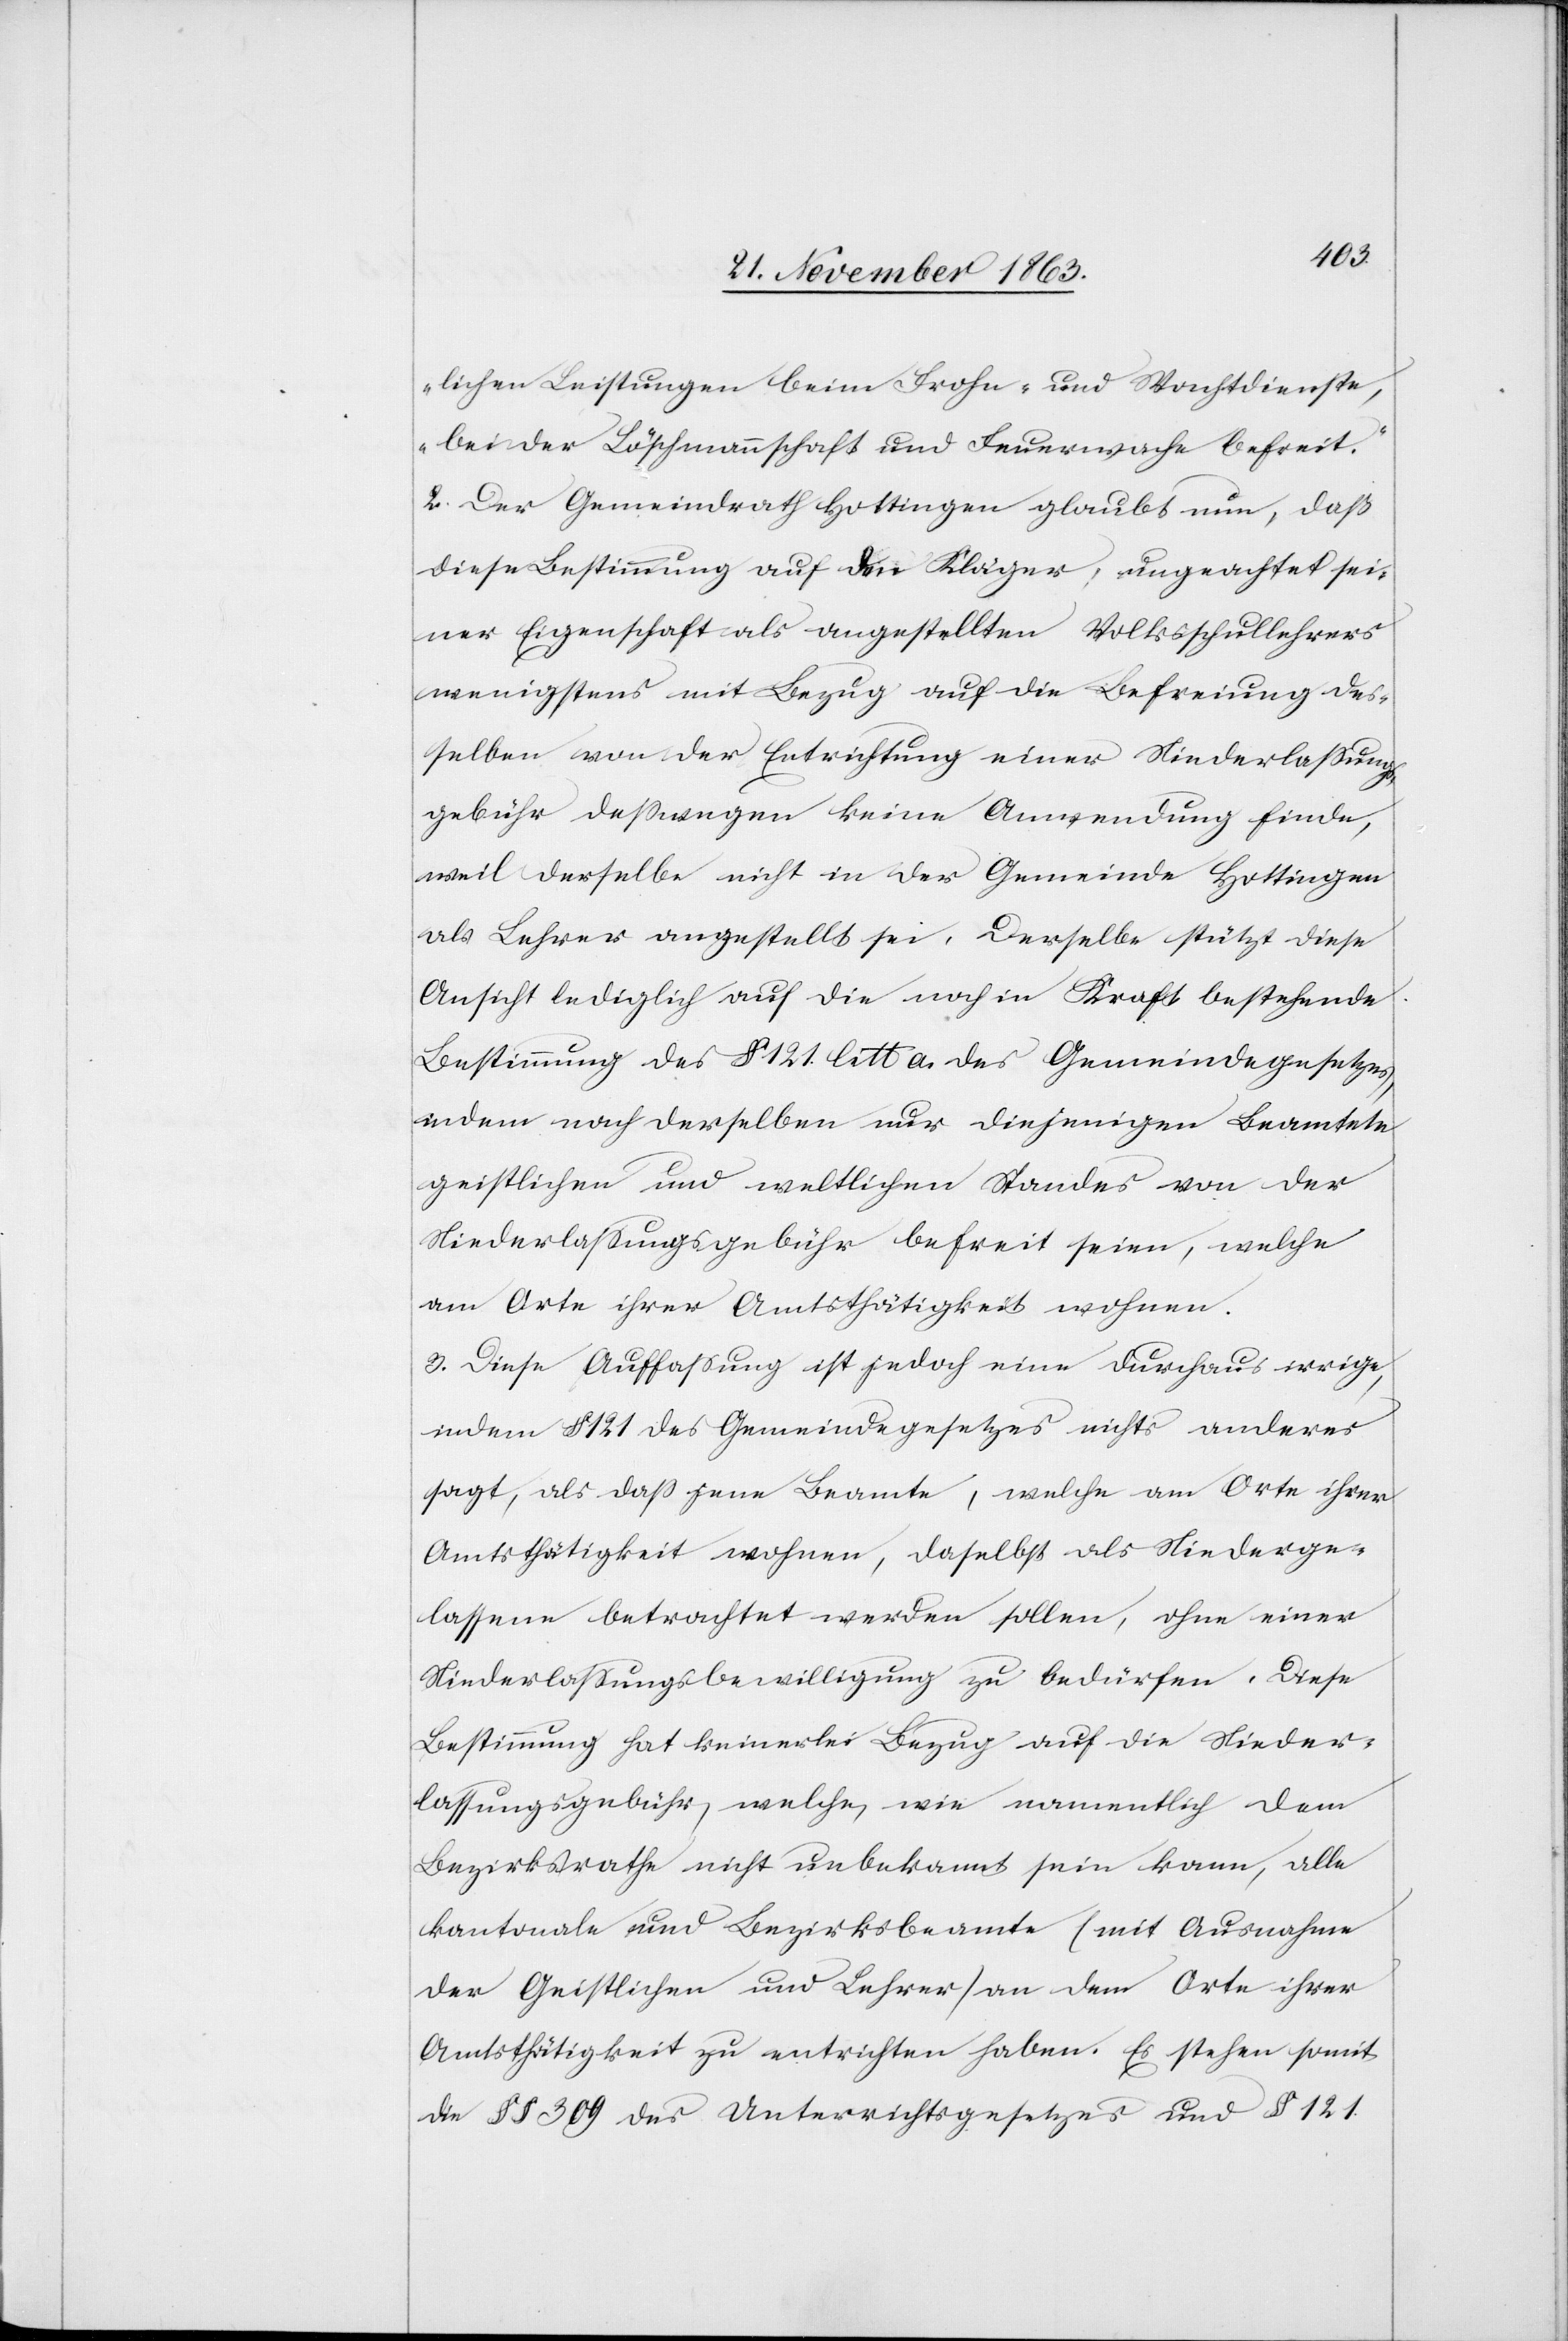
lichen Leistungen beim Frohn- und Wachtdienste,
bei der Löschmannschaft und Feuerwache befreit.“
2. Der Gemeindrath Hottingen glaubt nun, daß
diese Bestimmung auf den Kläger, ungeachtet sei¬
ner Eigenschaft als angestellten Volksschullehrers
wenigstens mit Bezug auf die Befreiung des¬
selben von der Entrichtung einer Niederlassungs¬
gebühr desswegen keine Anwendung finde,
weil derselbe nicht in der Gemeinde Hottingen
als Lehrer angestellt sei. Derselbe stützt diese
Ansicht lediglich auf die noch in Kraft bestehende
Bestimmung des § 121. litt a. des Gemeindegesetzes,
indem nach derselben nur diejenigen Beamtete
geistlichen und weltlichen Standes von der
Niederlassungsgebühr befreit seien, welche
am Orte ihrer Amtsthätigkeit wohnen.
3. Diese Auffassung ist jedoch eine durchaus irrige,
indem § 121 des Gemeindegesetzes nichts anderes
sagt, als dass jene Beamte, welche am Orte ihrer
Amtsthätigkeit wohnen, daselbst als Niederge¬
lassene betrachtet werden sollen, ohne einer
Niederlassungsbewilligung zu bedürfen. Diese
Bestimmung hat keinerlei Bezug auf die Nieder¬
lassungsgebühr, welche, wie namentlich dem
Bezirksrathe nicht unbekannt sein kann, alle
kantonale und Bezirksbeamte (mit Ausnahme
der Geistlichen und Lehrer) an dem Orte ihrer
Amtsthätigkeit zu entrichten haben. Es stehen somit
die §§ 309 des Unterrichtsgesetzes und § 121.